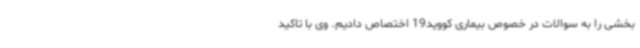
بخشی را به سوالات در خصوص بیماری کووید19 اختصاص دادیم. وی با تاکید